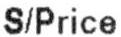
S/PRICE